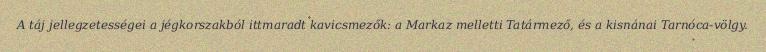
A táj jellegzetességei a jégkorszakból ittmaradt kavicsmezők: a Markaz melletti Tatármező, és a kisnánai Tarnóca-völgy.